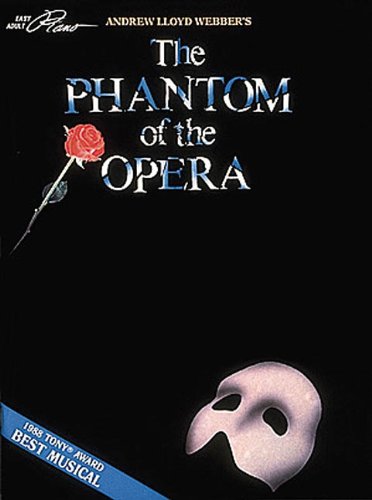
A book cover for Andrew Lloyd Webber's The Phantom of the Opera (Easy Adult Piano); Humor & Entertainment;